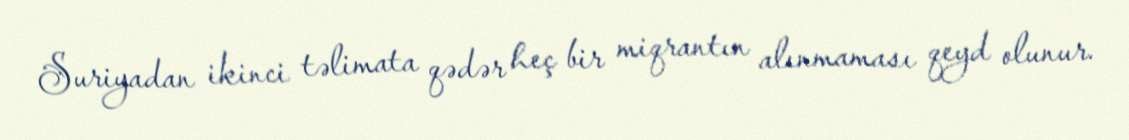
Suriyadan ikinci təlimata qədər heç bir miqrantın alınmaması qeyd olunur.